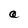
Character: a